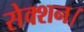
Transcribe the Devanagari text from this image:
सेक्शन।